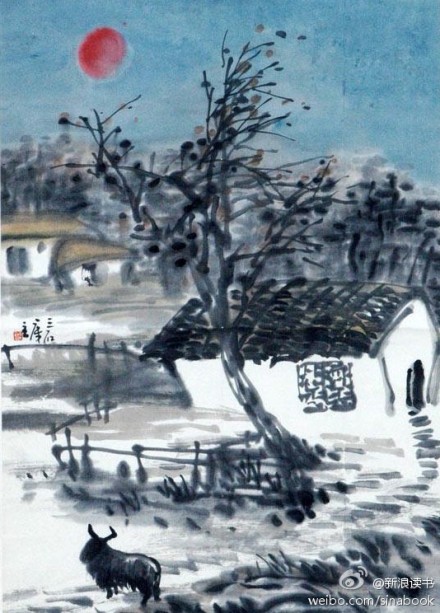
不是诚斋无月，隔一林修竹。